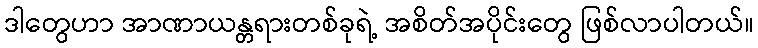
ဒါတွေဟာ အာဏာယန္တရားတစ်ခုရဲ့ အစိတ်အပိုင်းတွေ ဖြစ်လာပါတယ်။